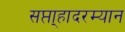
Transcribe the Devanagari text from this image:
सप्ता्हादरम्यान